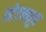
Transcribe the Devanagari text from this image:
स्टेटमधून